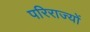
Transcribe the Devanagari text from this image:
परिराज्यों